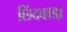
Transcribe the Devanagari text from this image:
छिंदवाडा़